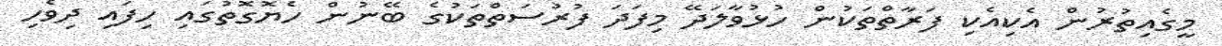
މީގެއިތުރުން އެކިއެކި ފަރާތްތަކުން ހުޅުވާލަދޭ މިފަދަ ފުރުސަތްތަކުގެ ބޭނުން ހެޔޮގޮތުގައި ހިފައި ދިވެހި